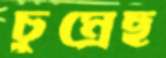
চুম্‌রেছ